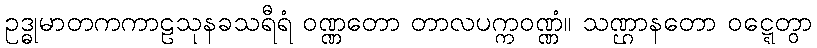
ဥဒ္ဓုမာတကကာဠသုနခသရီရံ ဝဏ္ဏတော တာလပက္ကဝဏ္ဏံ။ သဏ္ဌာနတော ဝဋ္ဋေတွာ